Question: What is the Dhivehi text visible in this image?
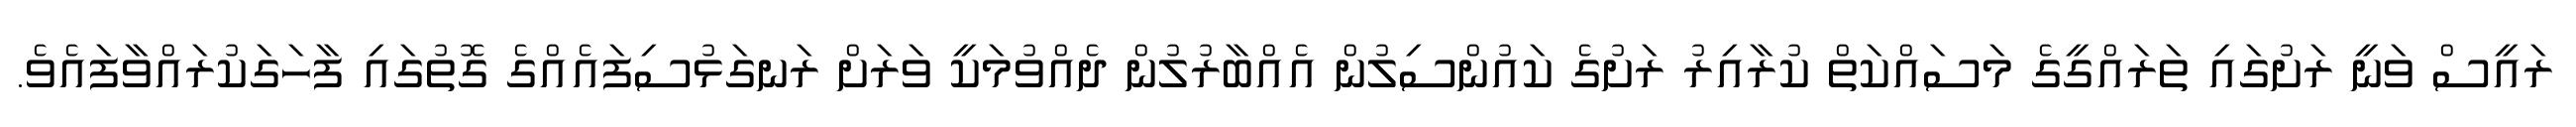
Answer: ރައީސް ވަނީ ރަށުގައި ތަރައްގީގެ މަސައްކަތް ކުރާއިރު ރަށުގެ ކައުންސިލުން އެއްބާރުލުން ދެއްވުމަކީ ވަރަށް ރަނގަޅުސިފައެއްގެ ގޮތުގައި ފާހަގަކުރައްވާފައެވެ.